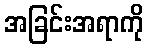
အခြင်းအရာကို